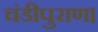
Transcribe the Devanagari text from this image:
चंडीपुराण।